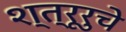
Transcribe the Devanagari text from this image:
श्त्रूरुचे